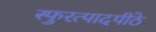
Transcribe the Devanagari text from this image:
स्फुरत्पादपीठे